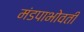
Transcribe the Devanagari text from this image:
मंडपाभोवती